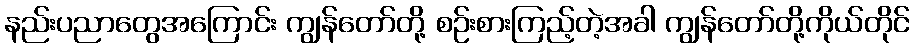
နည်းပညာတွေအကြောင်း ကျွန်တော်တို့ စဉ်းစားကြည့်တဲ့အခါ ကျွန်တော်တို့ကိုယ်တိုင်